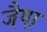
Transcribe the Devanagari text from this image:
जैपा